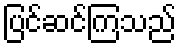
ပြင်ဆင်ကြသည်